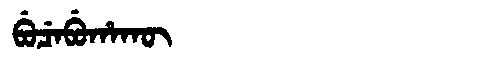
Manchu: ᠪᡠᠴᡝᠪᡠᡥᠠᡴᡡ
Romanization: BUCEBUHAKŪ